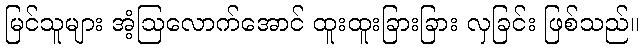
မြင်သူများ အံ့ဩလောက်အောင် ထူးထူးခြားခြား လှခြင်း ဖြစ်သည်။